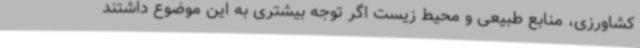
کشاورزی، منابع طبیعی و محیط زیست اگر توجه بیشتری به این موضوع داشتند